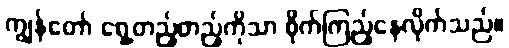
ကျွန်တော် ရှေ့တည့်တည့်ကိုသာ စိုက်ကြည့်နေလိုက်သည်။